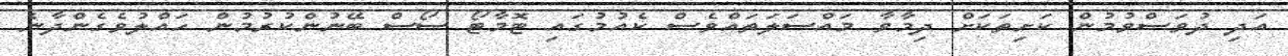
އަދި ދުވަސްވުމުން ކަށިތަކަށް ދިމާވާ މައްސަލަތައްވެސް ކެއުމުގައި ޓޮމާޓޯ ސޯސް ބޭނުންކުރުމުން ހައްލުވެގެންދާނެ